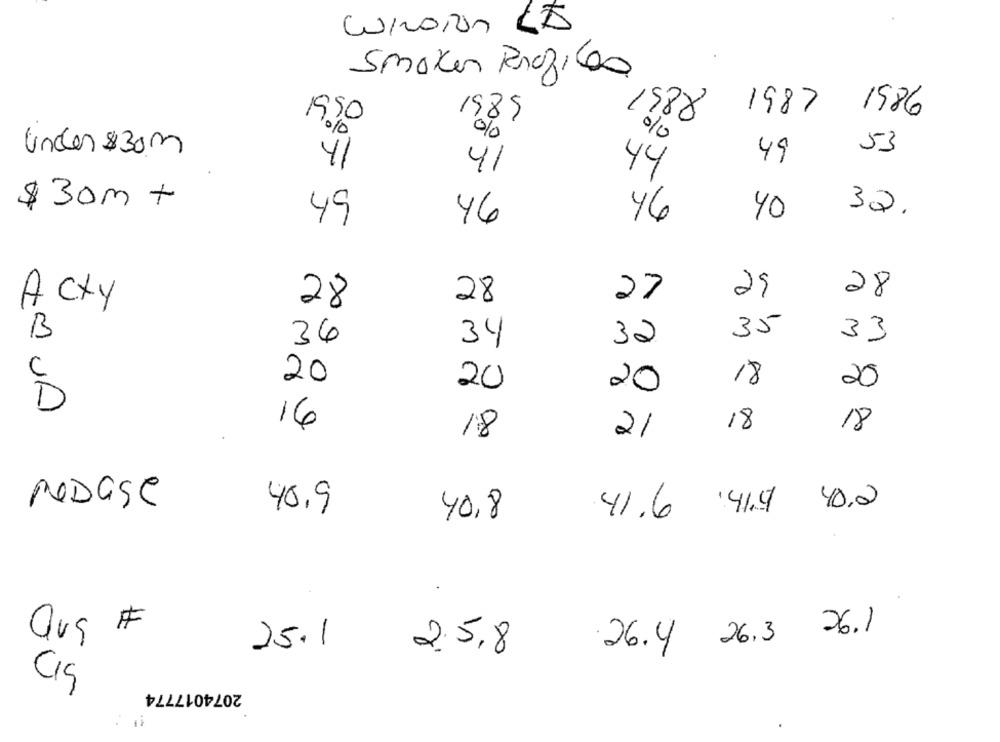
Smaker Profiles
1987 1986
1985
1950
1988
%
53
Under $30m
41
49
41
44
$30m +
40
32.
49
46
46
29
28
Acxy
28
27
28
B
35
33
36
34
32
C
20
20
18
20
20
D
16
18
18
18
21
ReDage
40.9
41.6 41.4 40.2
40,8
aug #
26.4 26.3 26. 1
25.1
2.5,8
CIS
2074017774